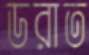
ডরাত